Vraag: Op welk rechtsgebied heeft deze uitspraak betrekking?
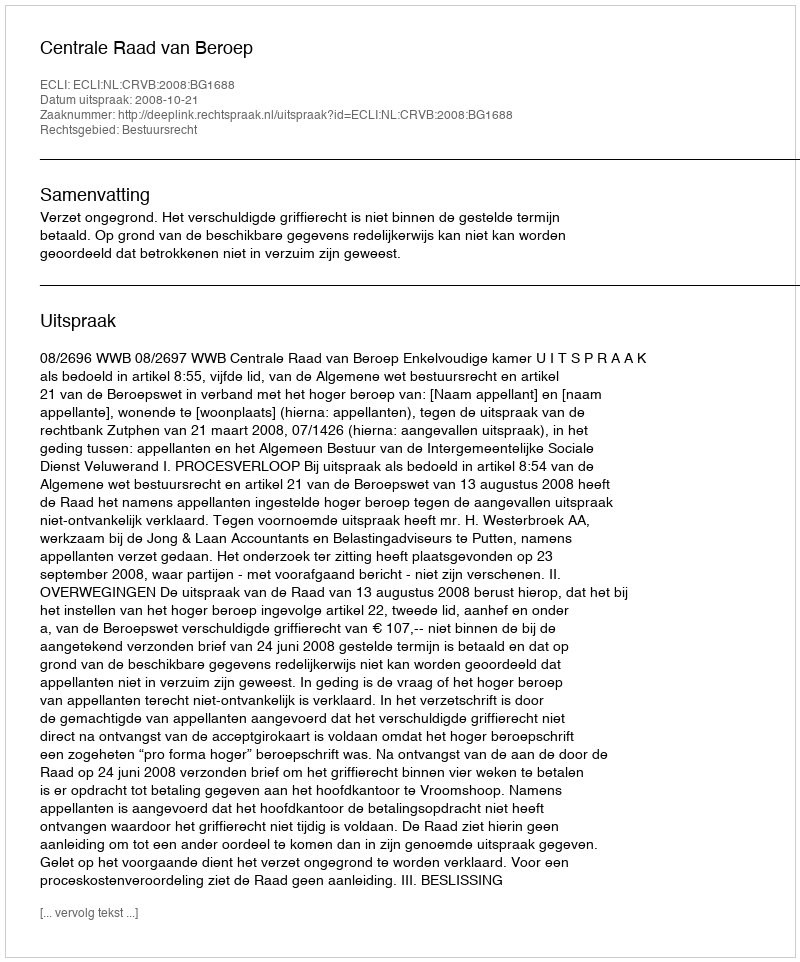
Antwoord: Bestuursrecht